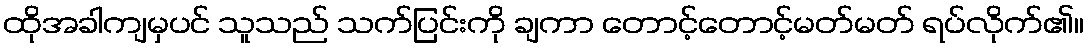
ထိုအခါကျမှပင် သူသည် သက်ပြင်းကို ချကာ တောင့်တောင့်မတ်မတ် ရပ်လိုက်၏။